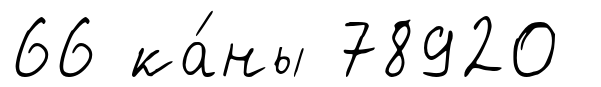
66 ка́ны 78920